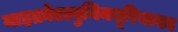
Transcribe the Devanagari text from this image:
माइक्रोएल्बुमिनयूरियाका